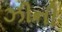
ઝીની